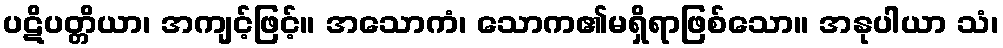
ပဋိပတ္တိယာ၊ အကျင့်ဖြင့်။ အသောကံ၊ သောက၏မရှိရာဖြစ်သော။ အနုပါယာ သံ၊